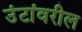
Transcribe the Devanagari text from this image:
उंटांवरील